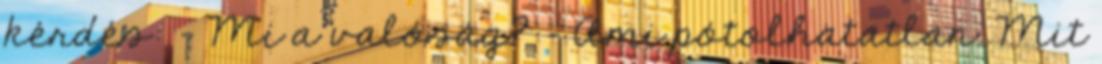
kérdés: - Mi a valóság? - Ami pótolhatatlan. Mit